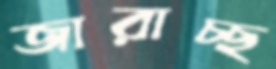
জারাচ্ছ